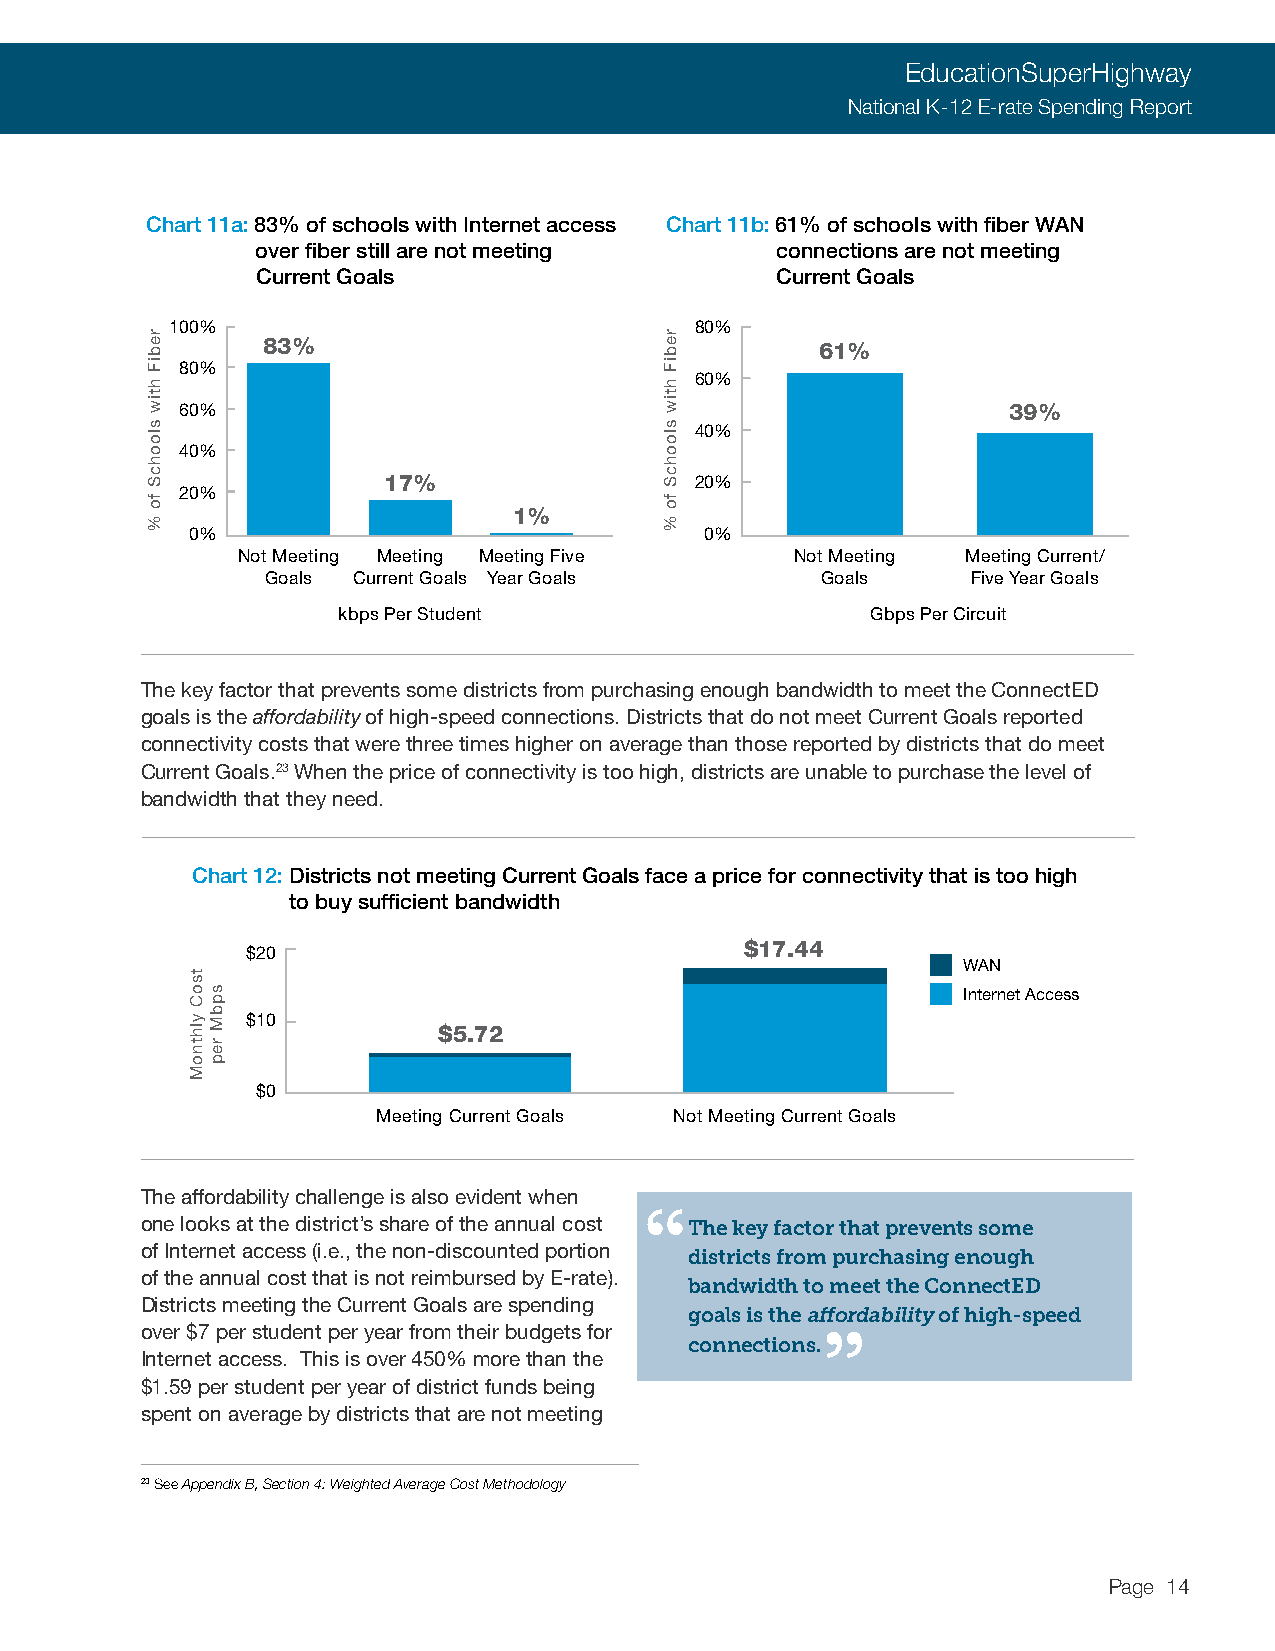
EducationSuperHighway
 National K-12 E-rate Spending Report
 Chart 11a: 83% of schools with Internet access Chart 11b: 61% of schools with fiber WAN
 over fiber still are not meeting  connections are not meeting
 Current Goals                     Current Goals
 100%                               80%
 83%                                  61%
 80%
 60%
 60%                                                    39%
 40%
 40%
 17%                  20%
 20%
 1%
 0%                                0%
 Not Meeting Meeting Meeting Five     Not Meeting Meeting Current/
 Goals Current Goals Year Goals      Goals     Five Year Goals
 kbps Per Student                    Gbps Per Circuit
 The key factor that prevents some districts from purchasing enough bandwidth to meet the ConnectED
 goals is the affordability of high-speed connections. Districts that do not meet Current Goals reported
 connectivity costs that were three times higher on average than those reported by districts that do meet
 Current Goals.23 When the price of connectivity is too high, districts are unable to purchase the level of
 bandwidth that they need.
 Chart 12: Districts not meeting Current Goals face a price for connectivity that is too high
 to buy sufficient bandwidth
 $17.44
 $20
 WAN
 Internet Access
 $10
 $5.72
 $0
 Meeting Current Goals Not Meeting Current Goals
 The affordability challenge is also evident when “
 one looks at the district’s share of the annual cost The key factor that prevents some
 of Internet access (i.e., the non-discounted portion districts from purchasing enough
 of the annual cost that is not reimbursed by E-rate).
 bandwidth to meet the ConnectED
 Districts meeting the Current Goals are spending goals is the aff”ordability of high-speed
 over $7 per student per year from their budgets for
 connections.
 Internet access. This is over 450% more than the
 $1.59 per student per year of district funds being
 spent on average by districts that are not meeting
 23 See Appendix B, Section 4: Weighted Average Cost Methodology
 Page 14
 rebiF
 htiw
 sloohcS
 fo
 %
 tsoC
 ylhtnoM
 spbM
 rep
 rebiF
 htiw
 sloohcS
 fo
 %